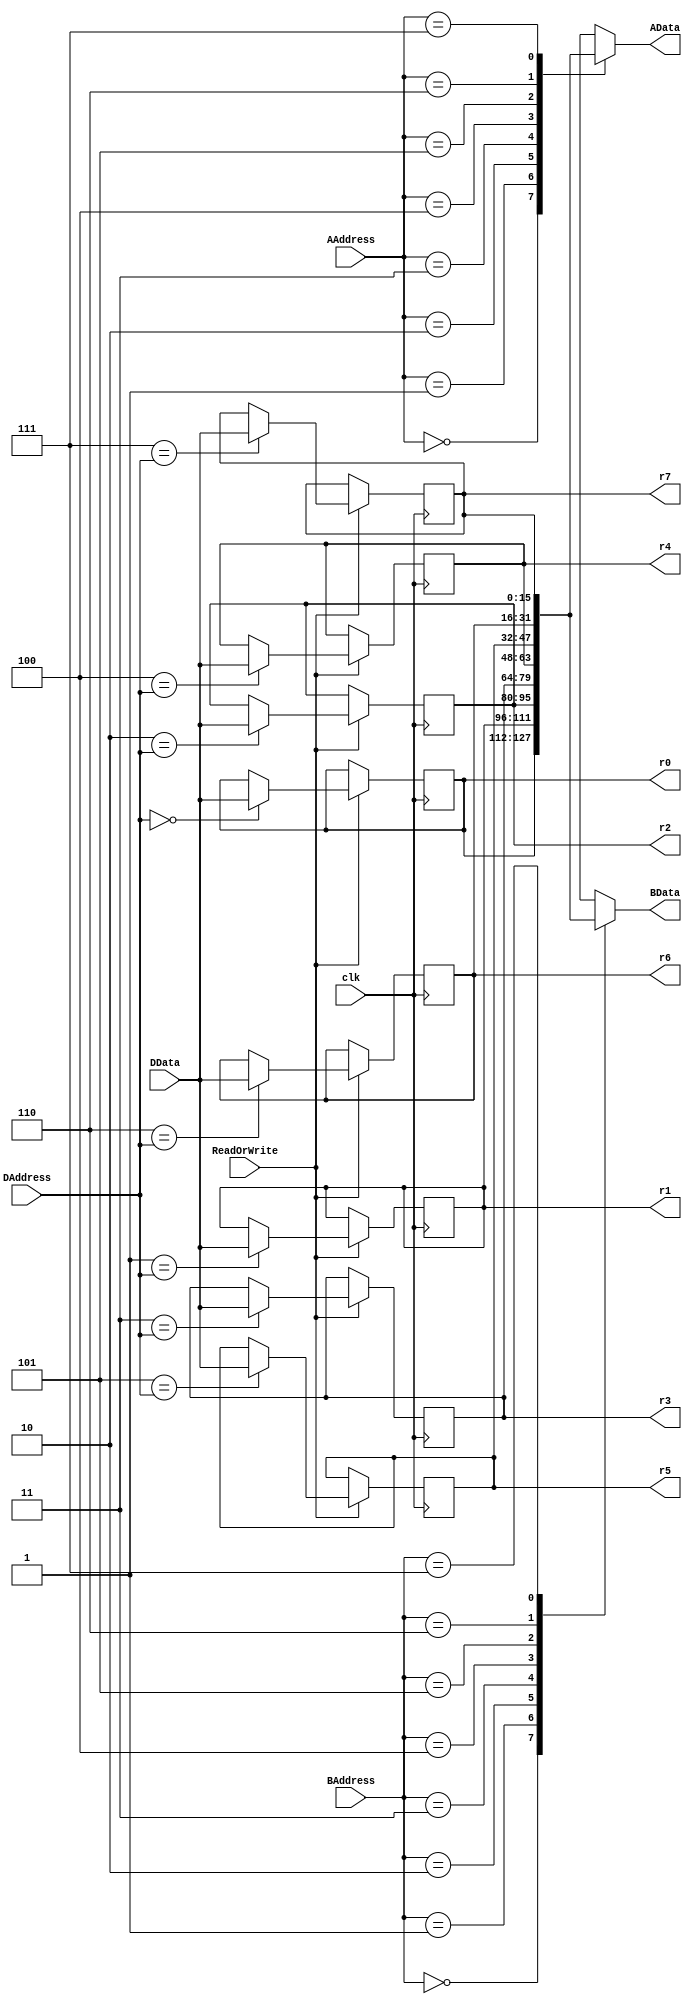
module RegisterFile (
    input [15:0] DData,
    input [2:0] AAddress,
    input [2:0] BAddress,
    input [2:0] DAddress,
    input ReadOrWrite,
    output reg [15:0] AData,
    output reg [15:0] BData,
    output [15:0] r0,
    output [15:0] r1,
    output [15:0] r2,
    output [15:0] r3,
    output [15:0] r4,
    output [15:0] r5,
    output [15:0] r6,
    output [15:0] r7,
    input clk);

    reg [15:0] register [7:0];

    integer i;

    always @(*) begin
        AData = register[AAddress];
        BData = register[BAddress];
        /*if ( ReadOrWrite == 1'b1 ) begin
            register[DAddress] = DData;
        end*/
    end

    always @(posedge clk) begin
        if ( ReadOrWrite == 1'b1 ) begin
            for(i=0; i<8; i=i+1)
                if(i==DAddress)
                    register[i]<=DData;
                else
                    register[i] <= register[i];
            
            //register[DAddress] <= DData;
            $display("Time %3d Write %b into %b", $time, DData, DAddress);
        end
        else begin
            register[0] <= register[0];
            register[1] <= register[1];
            register[2] <= register[2];
            register[3] <= register[3];
            register[4] <= register[4];
            register[5] <= register[5];
            register[6] <= register[6];
            register[7] <= register[7];
        end
    end

    assign r0 = register[0];
    assign r1 = register[1];
    assign r2 = register[2];
    assign r3 = register[3];
    assign r4 = register[4];
    assign r5 = register[5];
    assign r6 = register[6];
    assign r7 = register[7];
    
endmodule